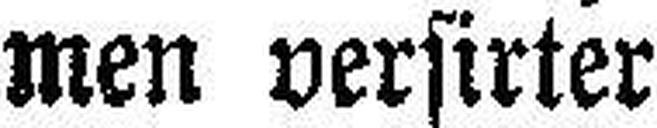
men versirter